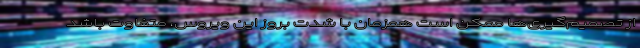
از تصمیم‌گیری‌ها ممکن است همزمان با شدت بروز این ویروس، متفاوت باشد